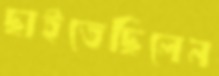
ছাইতেছিলেন